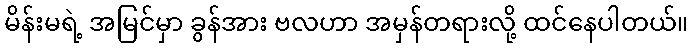
မိန်းမရဲ့ အမြင်မှာ ခွန်အား ဗလဟာ အမှန်တရားလို့ ထင်နေပါတယ်။